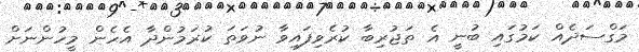
މަގްސަދެއް ކަމުގައި ބުނީ އެ ތަޖުރިބާ ކުރެވިފައިވާ ނުވަތަ ކުރަމުންދާ އެހެން މީހުންނަށް